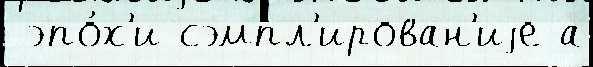
 эпо́х'и сэмпл'ирован'иjе а